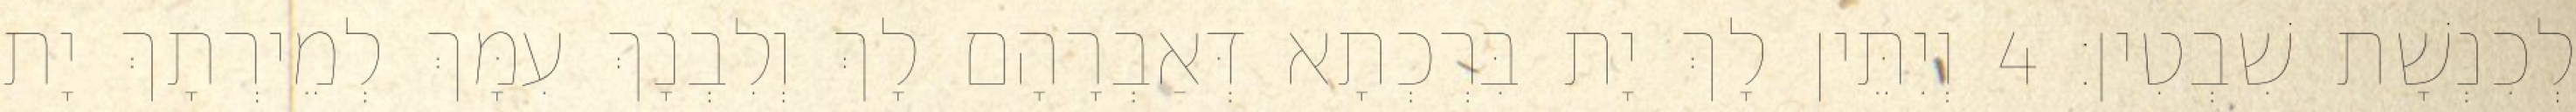
לְכִנְשָׁת שִׁבְטִין׃ 4 וְיִתֵּין לָךְ יָת בִּרְכְתָא דְּאַבְרָהָם לָךְ וְלִבְנָךְ עִמָּךְ לְמֵירְתָךְ יָת